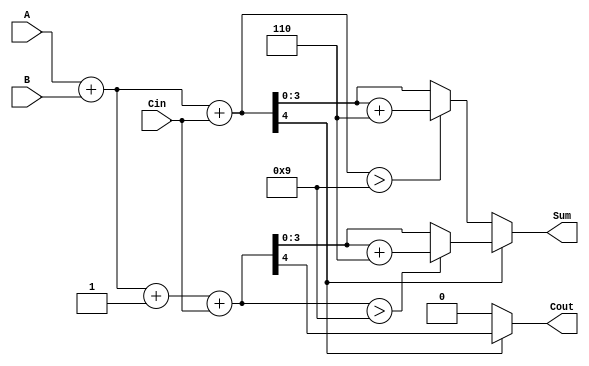
module BCD_MCSA (
    input [3:0] A,      // BCD input A
    input [3:0] B,      // BCD input B
    input Cin,          // Carry-in
    output reg [3:0] Sum, // BCD output Sum
    output reg Cout      // Carry-out
);

    wire [4:0] sum0;    // Sum for A + B + 0
    wire [4:0] sum1;    // Sum for A + B + 1
    wire carry0;        // Carry-out for sum0
    wire carry1;        // Carry-out for sum1
    wire [4:0] corrected_sum0; // Corrected sum for path 0
    wire [4:0] corrected_sum1; // Corrected sum for path 1

    // Path 0: A + B + 0
    assign sum0 = A + B + Cin;
    assign carry0 = sum0[4]; // Carry-out for path 0

    // Path 1: A + B + 1
    assign sum1 = A + B + 1 + Cin;
    assign carry1 = sum1[4]; // Carry-out for path 1

    // BCD Correction Logic
    assign corrected_sum0 = (sum0 > 9) ? (sum0 + 5'd6) : sum0; // Add 6 if sum0 > 9
    assign corrected_sum1 = (sum1 > 9) ? (sum1 + 5'd6) : sum1; // Add 6 if sum1 > 9

    // MUX to select the correct sum based on carry-out
    always @(*) begin
        if (carry0) begin
            Sum = corrected_sum1[3:0]; // Select corrected sum1
            Cout = carry1;              // Carry-out from path 1
        end else begin
            Sum = corrected_sum0[3:0]; // Select corrected sum0
            Cout = carry0;              // Carry-out from path 0
        end
    end

endmodule